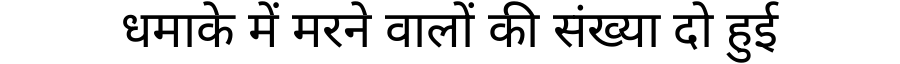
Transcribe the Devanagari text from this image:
धमाके में मरने वालों की संख्या दो हुई